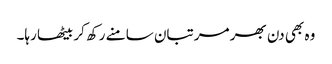
وہ بھی دن بھر مرتبان سامنے رکھ کر بیٹھا رہا۔